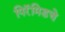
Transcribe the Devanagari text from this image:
पिरॅमिडचे